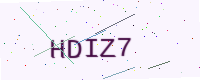
Text: HDIZ7